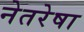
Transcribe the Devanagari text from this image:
नेतरेषा